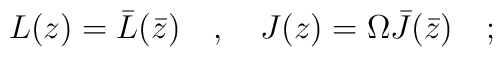
L(z)=\bar{L}(\bar{z})\quad ,\quad J(z)=\Omega \bar{J}(\bar{z})\quad ;